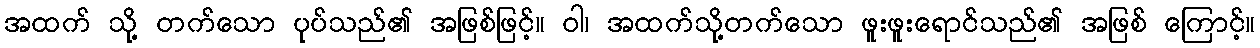
အထက် သို့ တက်သော ပုပ်သည်၏ အဖြစ်ဖြင့်။ ဝါ၊ အထက်သို့တက်သော ဖူးဖူးရောင်သည်၏ အဖြစ် ကြောင့်။